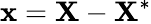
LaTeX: \mathbf{x}=\mathbf{X}-\mathbf{X}^{*}